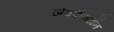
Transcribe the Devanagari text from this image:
जेवकैनटॉन